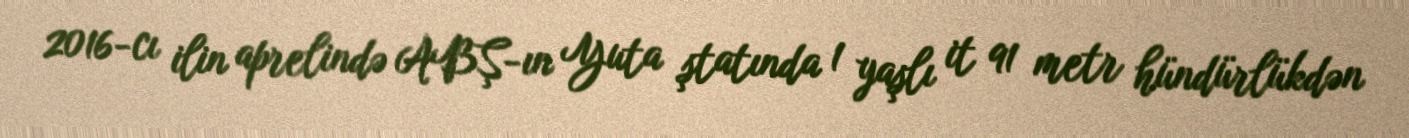
2016-cı ilin aprelində ABŞ-ın Yuta ştatında 1 yaşlı it 91 metr hündürlükdən